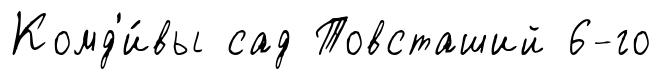
Комд'и́вы сад Товсташий 6-го